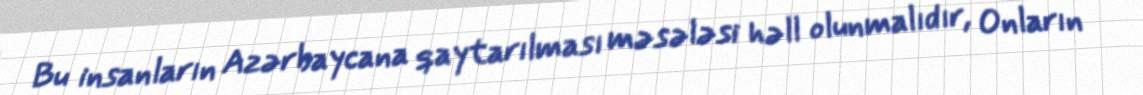
Bu insanların Azərbaycana qaytarılması məsələsi həll olunmalıdır, Onların